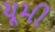
ચૂમી